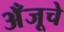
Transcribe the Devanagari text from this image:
अँजूचे